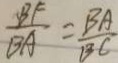
\frac { B F } { B A } = \frac { B A } { B C }